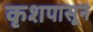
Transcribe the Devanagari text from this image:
कृशपासून